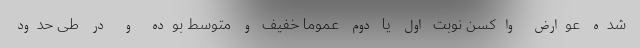
شده عوارض واکسن نوبت اول یا دوم عموما خفیف و متوسط بوده و در طی حدود